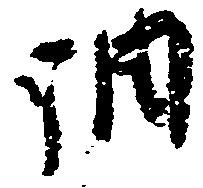
調